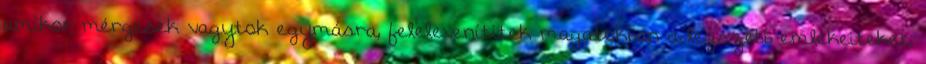
amikor mérgesek vagytok egymásra, felelevenítitek magatokban a legszebb emlékeiteket,